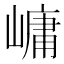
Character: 㟾